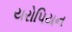
યરોપિયન